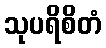
သုပရိစိတံ